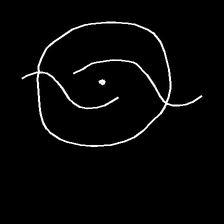
Glyph: repetition